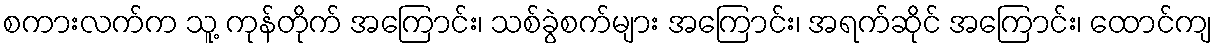
စကားလက်က သူ့ ကုန်တိုက် အကြောင်း၊ သစ်ခွဲစက်များ အကြောင်း၊ အရက်ဆိုင် အကြောင်း၊ ထောင်ကျ